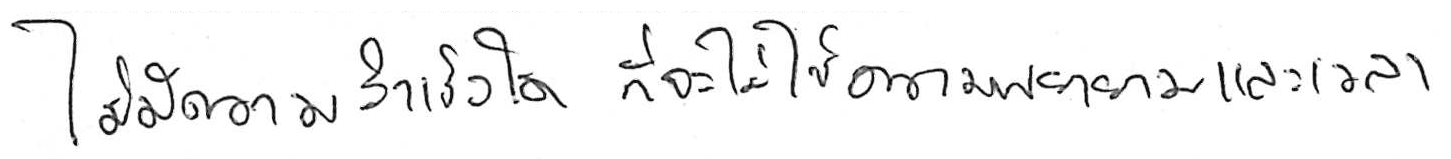
ไม่มีความสำเร็จใด ที่จะไม่ใช้ความพยายามและเวลา